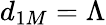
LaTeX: d_{1M}=\Lambda